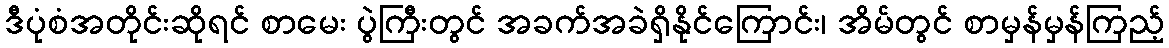
ဒီပုံစံအတိုင်းဆိုရင် စာမေး ပွဲကြီးတွင် အခက်အခဲရှိနိုင်ကြောင်း၊ အိမ်တွင် စာမှန်မှန်ကြည့်